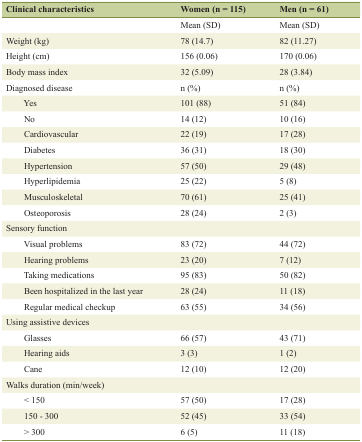
<table><thead><tr><td><b>Clinical characteristics</b></td><td><b>Women (n = 115)</b></td><td><b>Men (n = 61)</b></td></tr></thead><tbody><tr><td></td><td>Mean (SD)</td><td>Mean (SD)</td></tr><tr><td>Weight (kg)</td><td>78 (14.7)</td><td>82 (11.27)</td></tr><tr><td>Height (cm)</td><td>156 (0.06)</td><td>170 (0.06)</td></tr><tr><td>Body mass index</td><td>32 (5.09)</td><td>28 (3.84)</td></tr><tr><td>Diagnosed disease</td><td>n (%)</td><td>n (%)</td></tr><tr><td>Yes</td><td>101 (88)</td><td>51 (84)</td></tr><tr><td>No</td><td>14 (12)</td><td>10 (16)</td></tr><tr><td>Cardiovascular</td><td>22 (19)</td><td>17 (28)</td></tr><tr><td>Diabetes</td><td>36 (31)</td><td>18 (30)</td></tr><tr><td>Hypertension</td><td>57 (50)</td><td>29 (48)</td></tr><tr><td>Hyperlipidemia</td><td>25 (22)</td><td>5 (8)</td></tr><tr><td>Musculoskeletal</td><td>70 (61)</td><td>25 (41)</td></tr><tr><td>Osteoporosis</td><td>28 (24)</td><td>2 (3)</td></tr><tr><td>Sensory function</td><td></td><td></td></tr><tr><td>Visual problems</td><td>83 (72)</td><td>44 (72)</td></tr><tr><td>Hearing problems</td><td>23 (20)</td><td>7 (12)</td></tr><tr><td>Taking medications</td><td>95 (83)</td><td>50 (82)</td></tr><tr><td>Been hospitalized in the last year</td><td>28 (24)</td><td>11 (18)</td></tr><tr><td>Regular medical checkup</td><td>63 (55)</td><td>34 (56)</td></tr><tr><td>Using assistive devices</td><td></td><td></td></tr><tr><td>Glasses</td><td>66 (57)</td><td>43 (71)</td></tr><tr><td>Hearing aids</td><td>3 (3)</td><td>1 (2)</td></tr><tr><td>Cane</td><td>12 (10)</td><td>12 (20)</td></tr><tr><td>Walks duration (min/week)</td><td></td><td></td></tr><tr><td>&lt; 150</td><td>57 (50)</td><td>17 (28)</td></tr><tr><td>150 - 300</td><td>52 (45)</td><td>33 (54)</td></tr><tr><td>&gt; 300</td><td>6 (5)</td><td>11 (18)</td></tr></tbody></table>